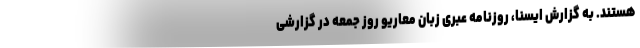
هستند. به گزارش ایسنا، روزنامه عبری زبان معاریو روز جمعه در گزارشی